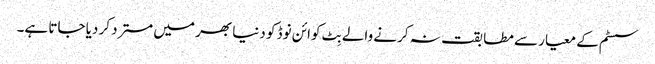
سسٹم کے معیار سے مطابقت نہ کرنے والے بِٹ کوائن نوڈ کو دنیا بھر میں مسترد کر دیا جاتا ہے۔